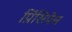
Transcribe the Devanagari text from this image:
प्रिंसिपेस